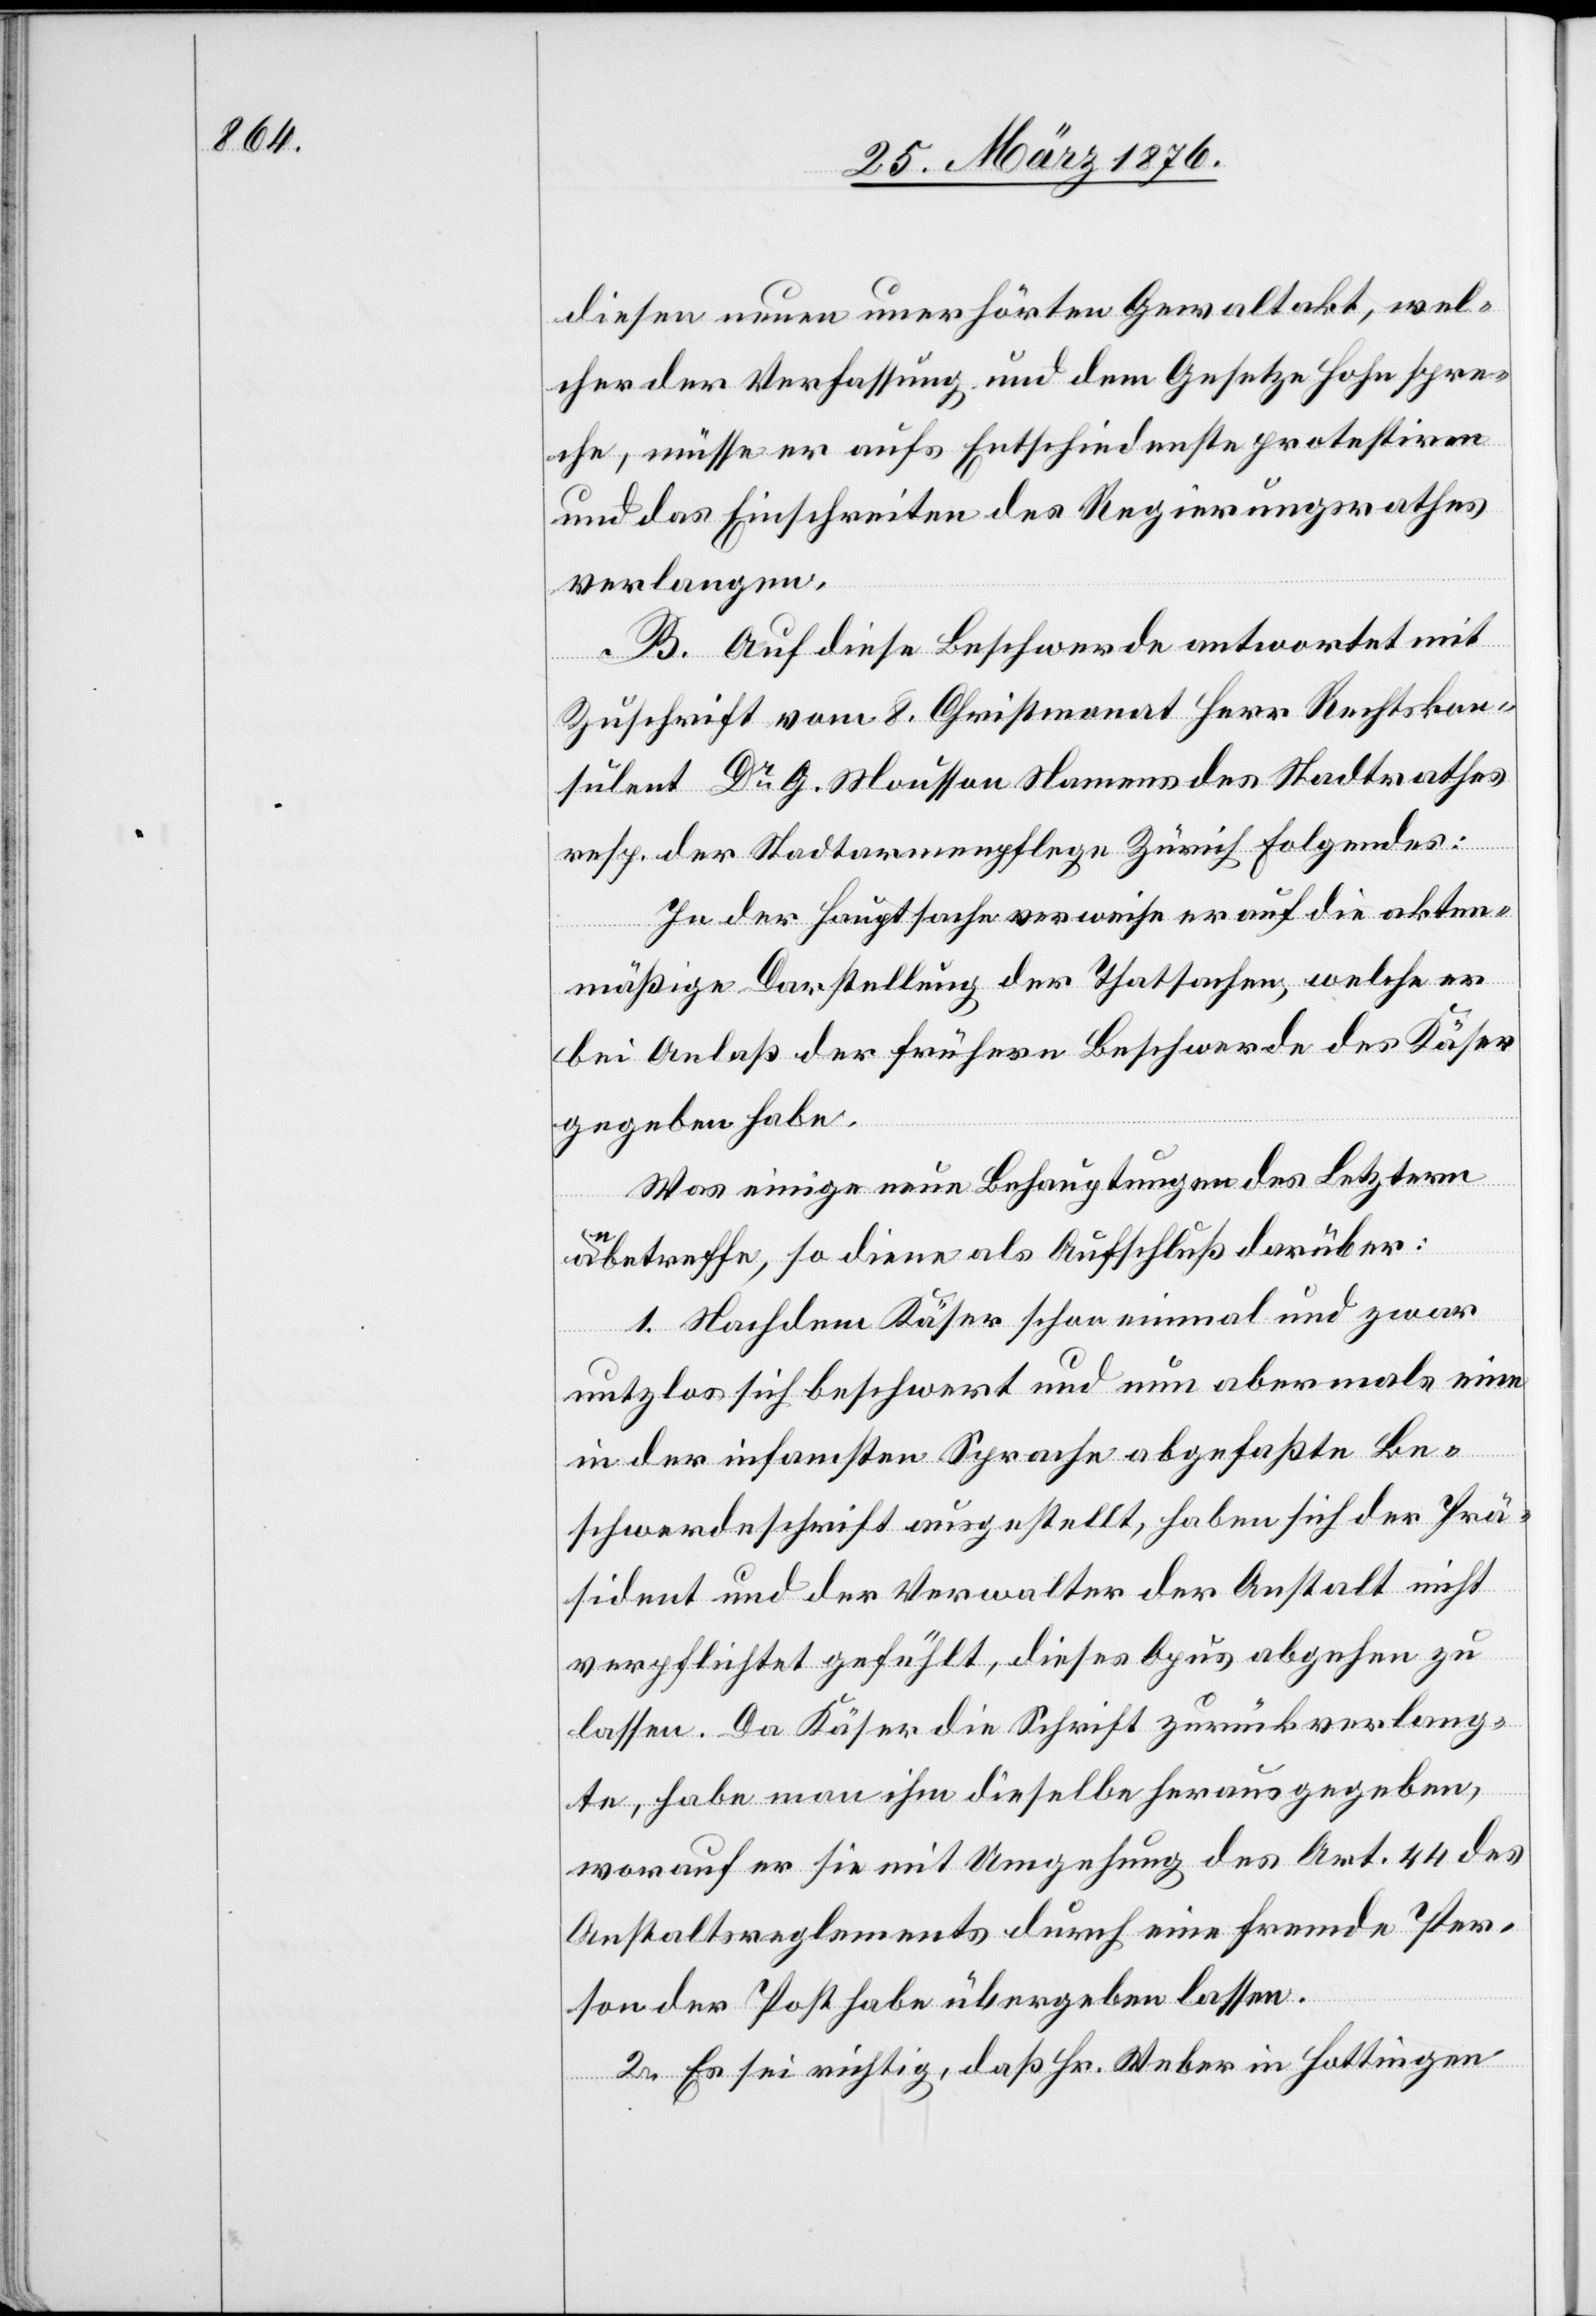
diesen neuen unerhörten Gewaltakt, wel¬
cher der Verfassung und dem Gesetze Hohn spre¬
che, müsse er aufs Entschiedenste protestiren
und das Einschreiten des Regierungsrathes
verlangen.
B. Auf diese Beschwerde antwortet mit
Zuschrift vom 8. Christmonat Herr Rechtskon¬
sulent Dr G. Mousson Namens des Stadtrathes
resp. der Stadtarmenpflege Zürich Folgendes:
In der Hauptsache verweise er auf die akten¬
mäßige Darstellung der Thatsachen, welche er
bei Anlaß der frühern Beschwerde des Käser
gegeben habe.
Was einige Behauptungen des Letztern
anbetreffe, so diene als Aufschluß darüber:
1. Nachdem Käser schon einmal und zwar
nutzlos sich beschwert und nun abermals eine
in der infamsten Sprache abgefaßte Be¬
schwerdeschrift ausgestellt, haben sich der Prä¬
sident und der Verwalter der Anstalt nicht
verpflichtet gefühlt, dieses Opus abgehen zu
lassen. Da Käser die Schrift zurückverlang¬
te, habe man ihm dieselbe herausgegeben,
worauf er sie mit Umgehung des Art. 44 des
Anstaltsreglements durch eine fremde Per¬
son der Post habe übergeben lassen.
2. Es sei richtig, daß Hr. Weber in Hottingen